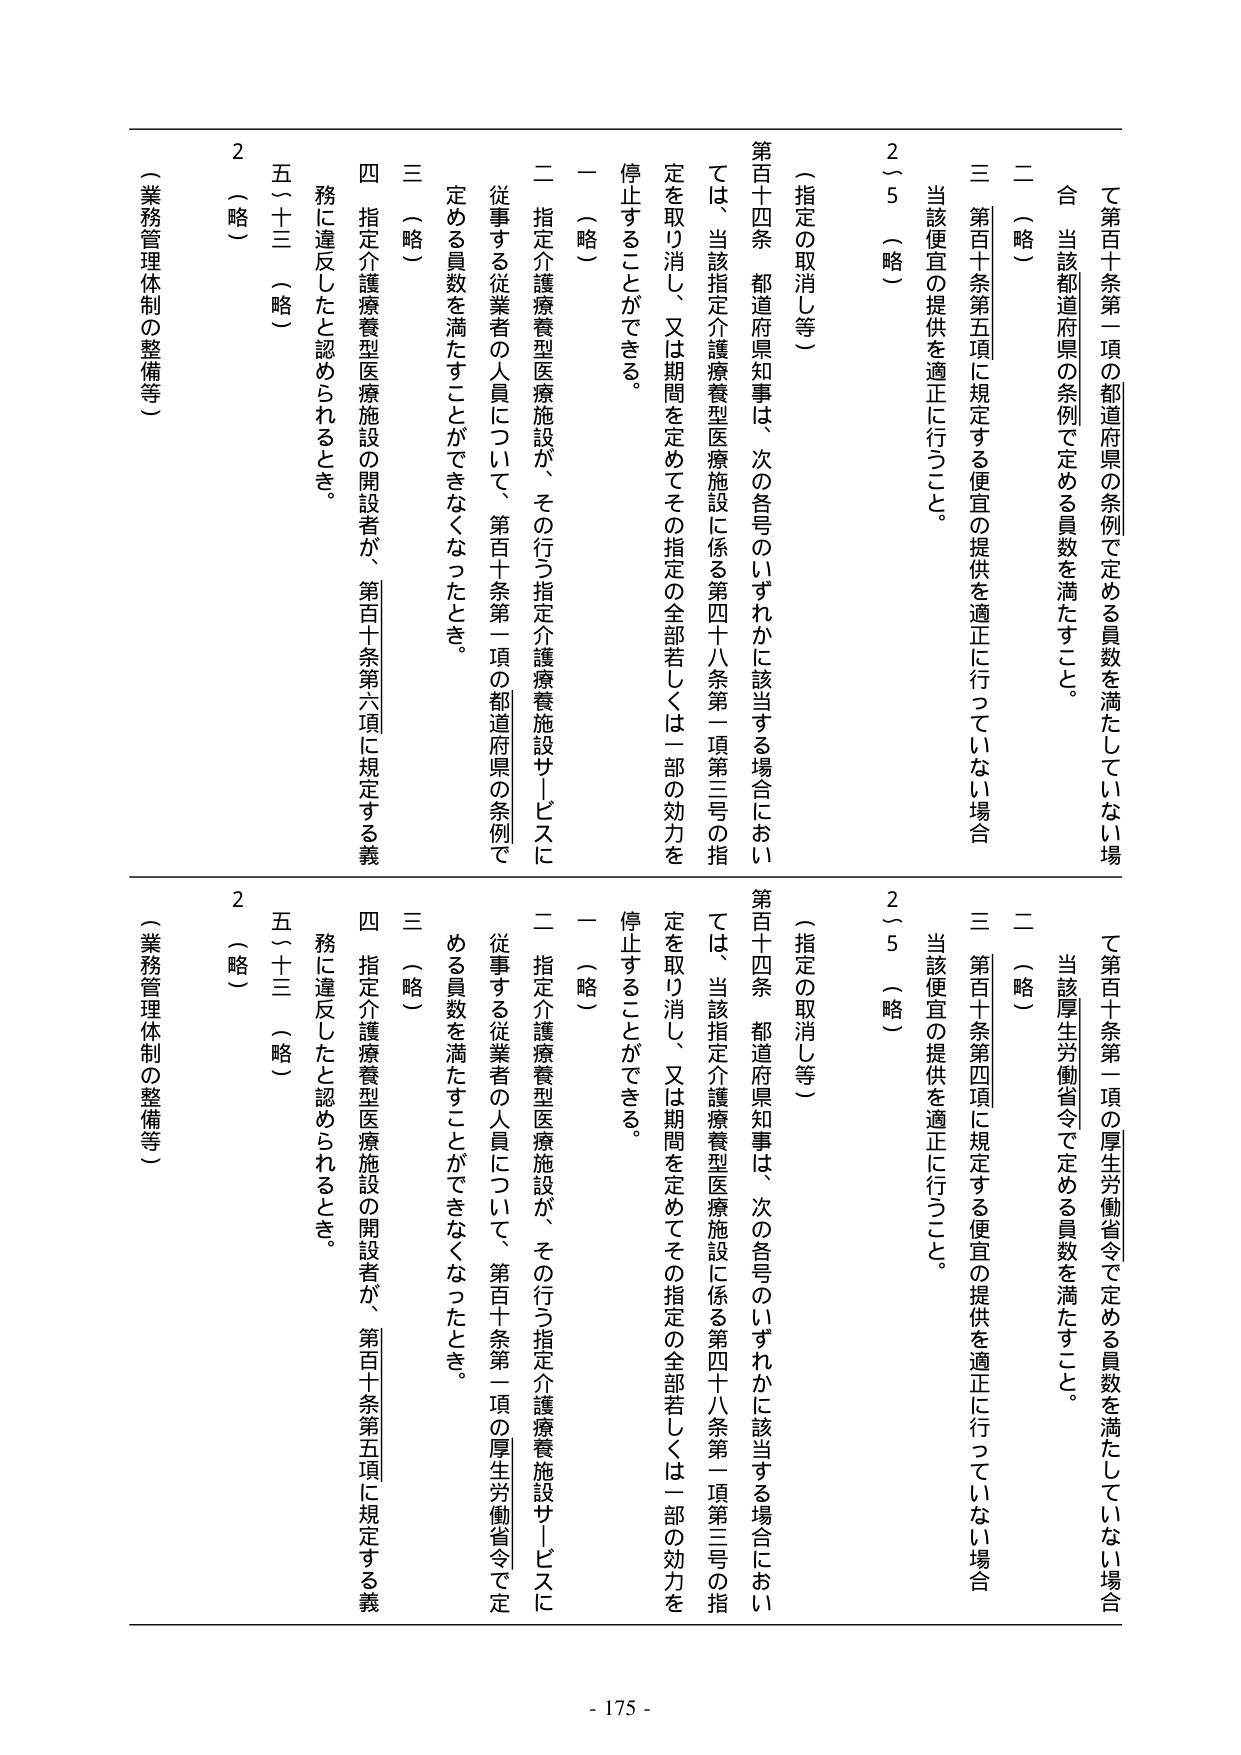
て第百十条第一項の都道府県の条例で定める員数を満たしていない場合
合 当該都道府県の条例で定める員数を満たすこと。
二 （略）
三 第百十条第五項に規定する便宜の提供を適正に行っていない場合
当該便宜の提供を適正に行うこと。
2（5）（略）
（指定の取消し等）
第百十四条 都道府県知事は、次の各号のいずれかに該当する場合においては、当該指定介護療養型医療施設に係る第四十八条第一項第三号の指定を取り消し、又は期間を定めてその指定の全部若しくは一部の効力を停止することができる。
一 （略）
二 指定介護療養型医療施設が、その行う指定介護療養施設サービスに従事する従業者の人員について、第百十条第一項の都道府県の条例で定める員数を満たすことができなくなったとき。
三 （略）
四 指定介護療養型医療施設の開設者が、第百十条第六項に規定する義務に違反したと認められるとき。
五（十三）（略）
2（略）
（業務管理体制の整備等）

て第百十条第一項の厚生労働省令で定める員数を満たしていない場合
合 当該厚生労働省令で定める員数を満たすこと。
二 （略）
三 第百十条第四項に規定する便宜の提供を適正に行っていない場合
当該便宜の提供を適正に行うこと。
2（5）（略）
（指定の取消し等）
第百十四条 都道府県知事は、次の各号のいずれかに該当する場合においては、当該指定介護療養型医療施設に係る第四十八条第一項第三号の指定を取り消し、又は期間を定めてその指定の全部若しくは一部の効力を停止することができる。
一 （略）
二 指定介護療養型医療施設が、その行う指定介護療養施設サービスに従事する従業者の人員について、第百十条第一項の厚生労働省令で定める員数を満たすことができなくなったとき。
三 （略）
四 指定介護療養型医療施設の開設者が、第百十条第五項に規定する義務に違反したと認められるとき。
五（十三）（略）
2（略）
（業務管理体制の整備等）

- 175 -